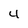
Character: 4